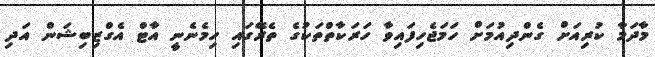
މާދަމާ ކުރިއަށް ގެންދިއުމަށް ހަމަޖެހިފައިވާ ހަރަކާތްތަކުގެ ތެރޭގައި ހިމެނެނީ އާޓް އެގްޒިބިޝަން އަދި